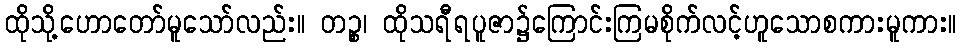
ထိုသို့ဟောတော်မူသော်လည်း။ တဉ္စ၊ ထိုသရီရပူဇာ၌ကြောင်းကြမစိုက်လင့်ဟူသောစကားမူကား။